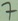
Text: 7